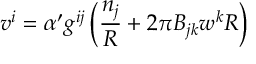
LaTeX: v ^ { i } = \alpha ^ { \prime } g ^ { i j } \left( \frac { n _ { j } } { R } + 2 \pi B _ { j k } w ^ { k } R \right)